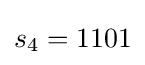
s_{4}=1101